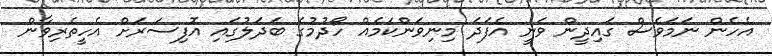
އެހެން ނަމަވެސް ގައިދީން ވަނީ އެފަދަ މިނިވަންކަމެއް ހޯދުމުގެ ބަދަލުގައި އޮފިސަރަށް އެހީތެރިވާން